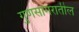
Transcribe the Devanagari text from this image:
गुणसागरातील